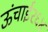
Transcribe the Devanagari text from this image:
ऊंचाई२६४